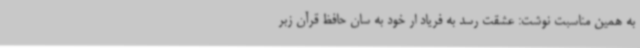
به همین مناسبت نوشت: عشقت رسد به فریاد ار خود به سان حافظ قرآن زبر